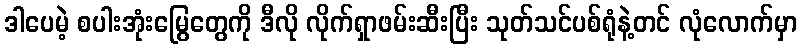
ဒါပေမဲ့ စပါးအုံးမြွေတွေကို ဒီလို လိုက်ရှာဖမ်းဆီးပြီး သုတ်သင်ပစ်ရုံနဲ့တင် လုံလောက်မှာ